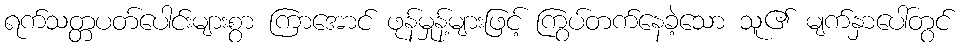
ရက်သတ္တပတ်ပေါင်းများစွာ ကြာအောင် ဖုန်မှုန့်များဖြင့် ကြွပ်တက်နေခဲ့သော သူ၏ မျက်နှာပေါ်တွင်